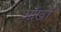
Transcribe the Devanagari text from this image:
अाँखों